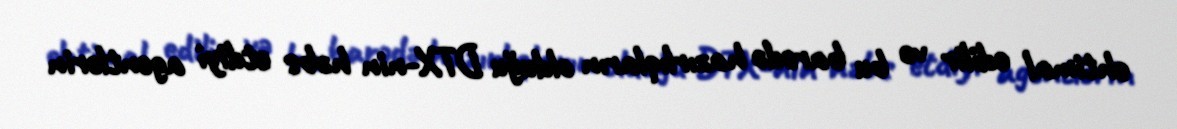
ehtimal edilir və bu barədə hazırlıqların olduğu DTX-nin həbs etdiyi agentlərin